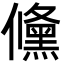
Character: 儵